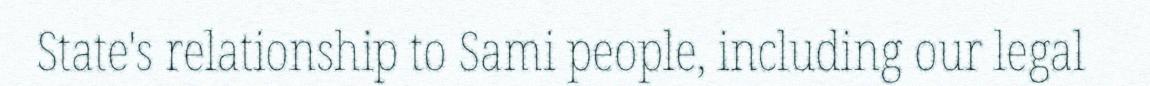
State's relationship to Sami people, including our legal